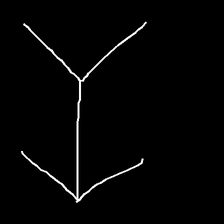
Glyph: gather